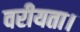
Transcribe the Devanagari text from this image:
वरीयता।